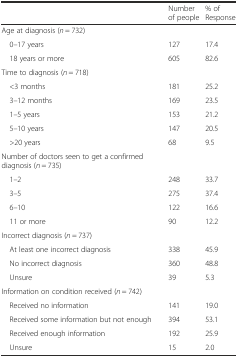
<table><thead><tr><td></td><td><b>Number of people</b></td><td><b>% of Response</b></td></tr></thead><tbody><tr><td>Age at diagnosis (<i>n</i> = 732)</td><td></td><td></td></tr><tr><td> 0–17 years</td><td>127</td><td>17.4</td></tr><tr><td> 18 years or more</td><td>605</td><td>82.6</td></tr><tr><td>Time to diagnosis (<i>n</i> = 718)</td><td></td><td></td></tr><tr><td> &lt;3 months</td><td>181</td><td>25.2</td></tr><tr><td> 3–12 months</td><td>169</td><td>23.5</td></tr><tr><td> 1–5 years</td><td>153</td><td>21.2</td></tr><tr><td> 5–10 years</td><td>147</td><td>20.5</td></tr><tr><td> &gt;20 years</td><td>68</td><td>9.5</td></tr><tr><td>Number of doctors seen to get a confirmed diagnosis (<i>n</i> = 735)</td><td></td><td></td></tr><tr><td> 1–2</td><td>248</td><td>33.7</td></tr><tr><td> 3–5</td><td>275</td><td>37.4</td></tr><tr><td> 6–10</td><td>122</td><td>16.6</td></tr><tr><td> 11 or more</td><td>90</td><td>12.2</td></tr><tr><td>Incorrect diagnosis (<i>n</i> = 737)</td><td></td><td></td></tr><tr><td> At least one incorrect diagnosis</td><td>338</td><td>45.9</td></tr><tr><td> No incorrect diagnosis</td><td>360</td><td>48.8</td></tr><tr><td> Unsure</td><td>39</td><td>5.3</td></tr><tr><td>Information on condition received (<i>n</i> = 742)</td><td></td><td></td></tr><tr><td> Received no information</td><td>141</td><td>19.0</td></tr><tr><td> Received some information but not enough</td><td>394</td><td>53.1</td></tr><tr><td> Received enough information</td><td>192</td><td>25.9</td></tr><tr><td> Unsure</td><td>15</td><td>2.0</td></tr></tbody></table>